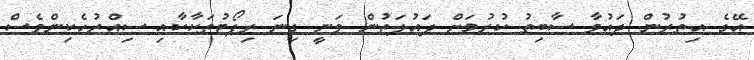
އޭގެ އިތުރުން ދައުވާ ސާބިތު ކުރުމަށް ދައުލަތުން ވަނީ ގިނަ ރިޕޯޓުތަކާކާއި ސިއްރުހެކިންވެސް